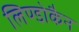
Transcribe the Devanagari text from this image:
लिण्डोकैन